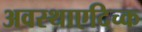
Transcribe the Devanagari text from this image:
अवस्थाएदिच्क